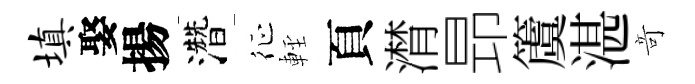
填娶揚濳征䡖頁潸昻𥵂湛竒